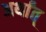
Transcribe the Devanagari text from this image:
अर्थांत्